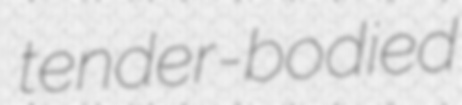
tender-bodied